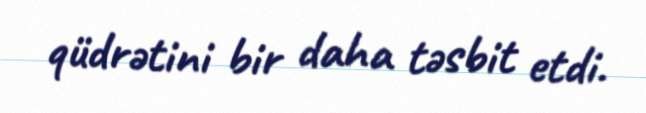
qüdrətini bir daha təsbit etdi.